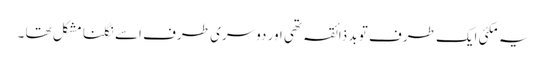
یہ مکئی ایک طرف تو بد ذائقہ تھی اور دوسری طرف اسے نگلنا مشکل تھا ۔